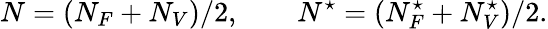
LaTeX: N=(N_{F}+N_{V})/2,\qquad N^{\star}=(N_{F}^{\star}+N_{V}^{\star})/2.